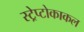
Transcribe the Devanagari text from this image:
स्ट्रेप्टोकाकल